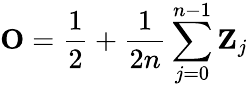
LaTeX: \mathbf{O}=\frac{1}{2}+\frac{1}{2n}\sum_{j=0}^{n-1}\mathbf{Z}_{j}